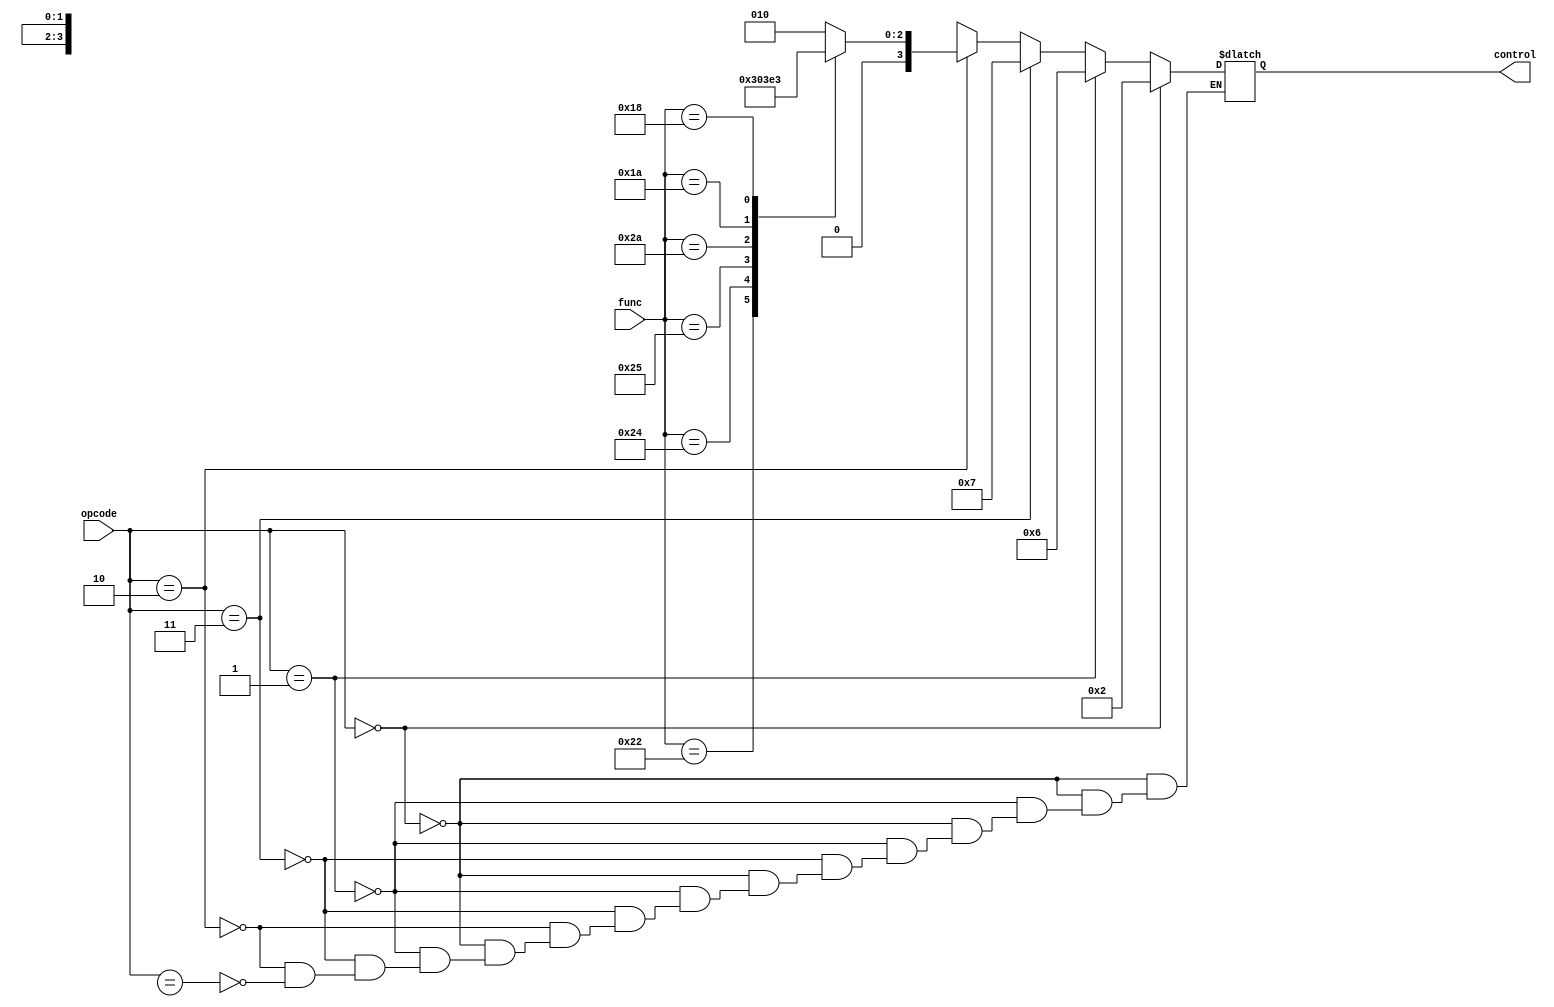
module alu_control(
  output [3:0] control,
  input [1:0] opcode,
  input [5:0] func
);
  reg [3:0] con;
  assign control = con;
  always @(*) begin
	  if (opcode == 2'b00) con = 4'b0010; //lw & sw & addi
	  else if (opcode == 2'b01) con = 4'b0110; //beq
	  else if (opcode == 2'b11) con = 4'b0111; // slti
	  else if (opcode == 2'b10) begin
		  case(func)
		  6'b100000: con = 4'b0010; //add 
		  6'b100010: con = 4'b0110; //sub
		  6'b100100: con = 4'b0000; //AND
		  6'b100101: con = 4'b0001; //OR
		  6'b101010: con = 4'b0111; //slt
		  6'b011010: con = 4'b0100; //div
		  6'b011000: con = 4'b0011; //mult
		  default: con = 4'bxxxx;
		  endcase
	  end
	  else if (opcode == 2'bxx) con = 4'bxxxx;
  end 

endmodule